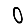
Digit: 0